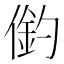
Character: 𠍖